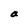
Character: a